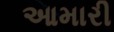
આમારી